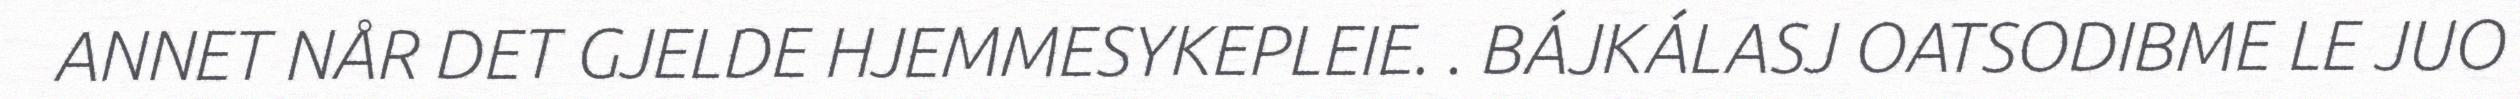
ANNET NÅR DET GJELDE HJEMMESYKEPLEIE. . BÁJKÁLASJ OATSODIBME LE JUO